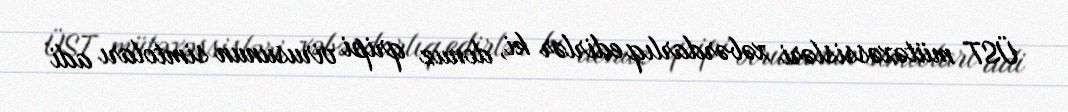
ÜST mütəxəssisləri xəbərdarlıq edirlər ki, donuz qripi virusunun simtoları adi